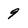
Character: 9